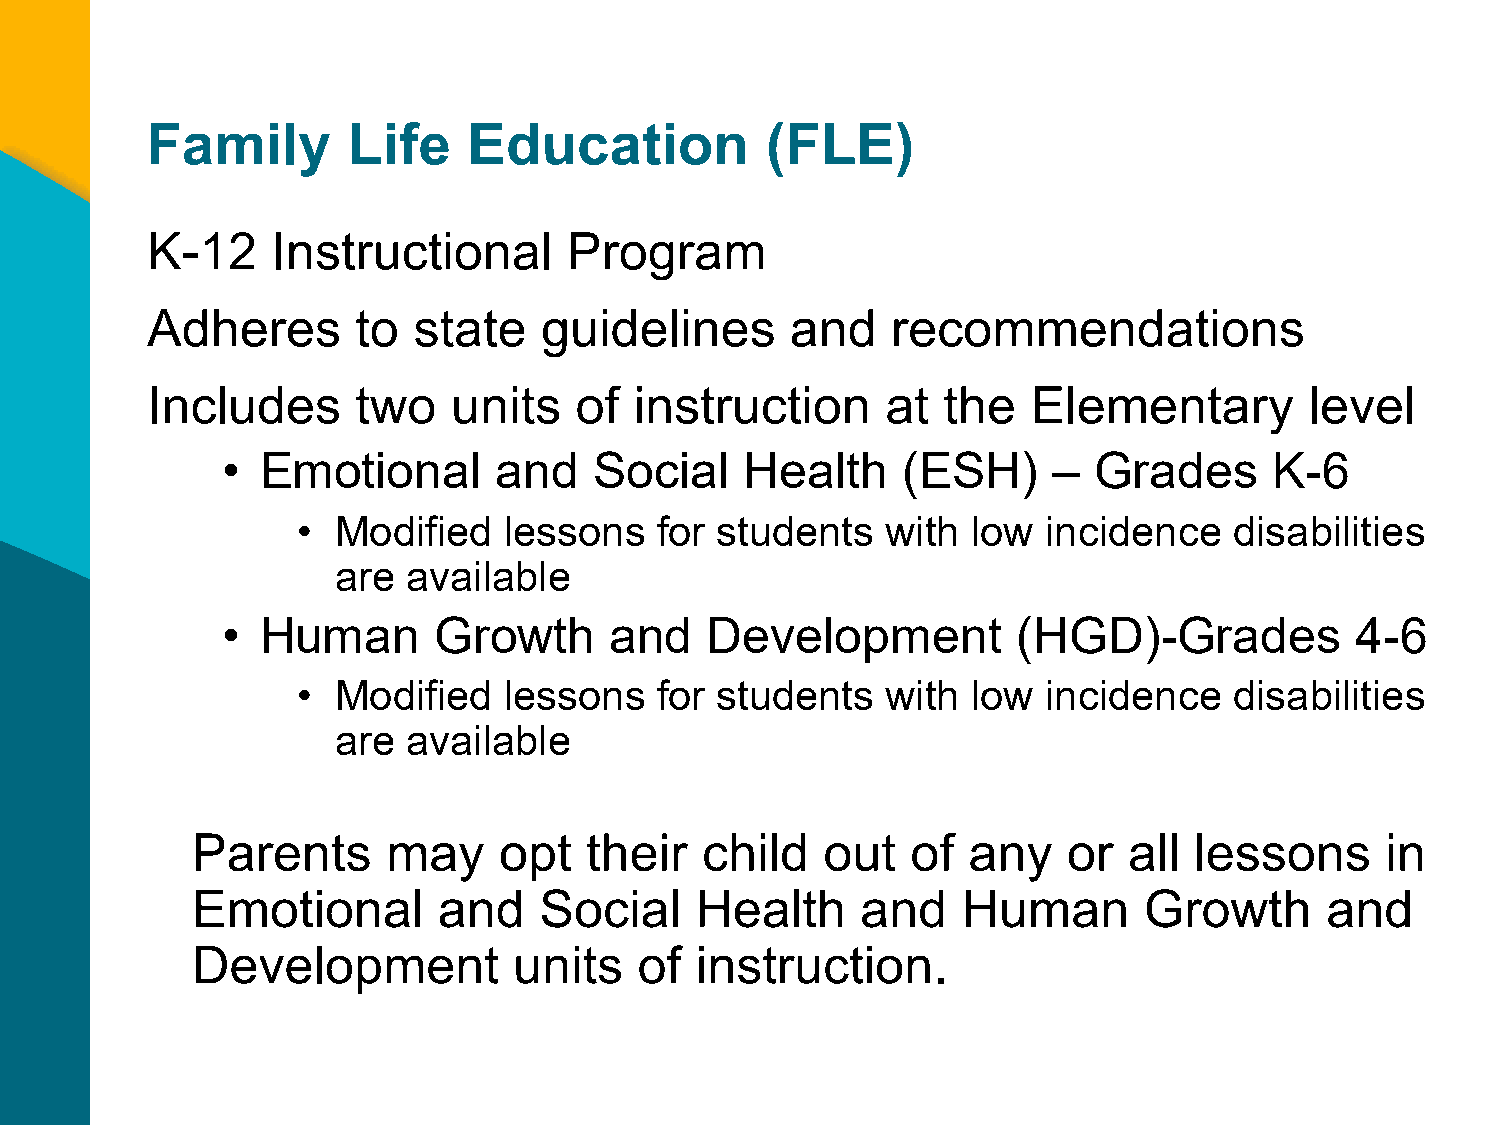
Family       Life    Education           (FLE)
 K-12    Instructional       Program
 Adheres       to state    guidelines      and    recommendations
 Includes      two   units   of  instruction      at the   Elementary         level
 • Emotional       and   Social    Health     (ESH)     – Grades      K-6
 • Modified   lessons   for students    with low  incidence    disabilities
 are  available
 • Human       Growth     and    Development         (HGD)-Grades           4-6
 CLICK      TO   EDIT
 • Modified   lessons   for students    with low  incidence    disabilities
 MASTER         TITLE     STYLE
 are  available
 Parents      may    opt   their  child    out  of  any    or  all lessons      in
 Emotional       and    Social    Health     and    Human       Growth      and
 Development          units   of  instruction.